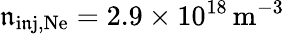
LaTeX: \mathfrak{n}_{\mathrm{{i\mathfrak{n}j,Ne}}}=2.9\times10^{18}\, \mathrm{{m^{-3}}}